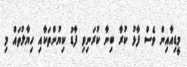
މީޑިއާއިން ވެސް ފާޅު ކުރާ ބިނާ ކުރަނިވި ފާޑު ކިޔުންތަކާއި ހިޔާލުތައް މި